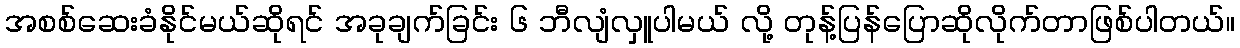
အစစ်ဆေးခံနိုင်မယ်ဆိုရင် အခုချက်ခြင်း ၆ ဘီလျံလှူပါမယ် လို့ တုန့်ပြန်ပြောဆိုလိုက်တာဖြစ်ပါတယ်။